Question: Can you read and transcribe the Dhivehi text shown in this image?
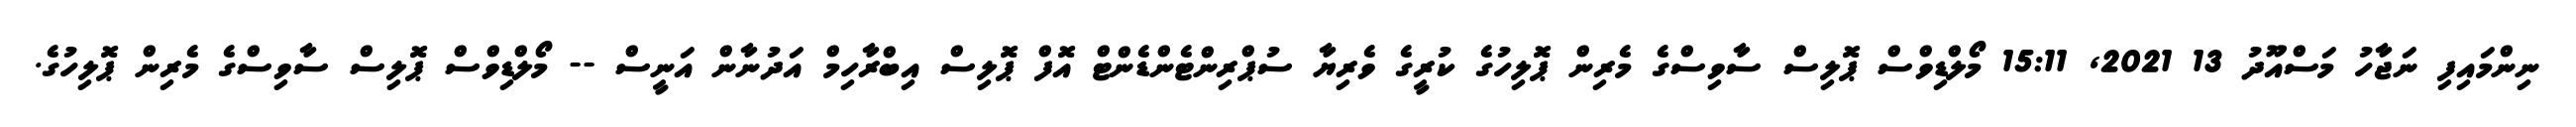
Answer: ނިންމައިފި ނަޖާހު މަސްއޫދު 13 2021, 15:11 މޯލްޑިވްސް ޕޮލިސް ސާވިސްގެ މެރިން ޕޮލިހުގެ ކުރީގެ ވެރިޔާ ސުޕްރިންޓެންޑެންޓް އޮފް ޕޮލިސް އިބްރާހިމް އަދުނާން އަނީސް -- މޯލްޑިވްސް ޕޮލިސް ސާވިސްގެ މެރިން ޕޮލިހުގެ.